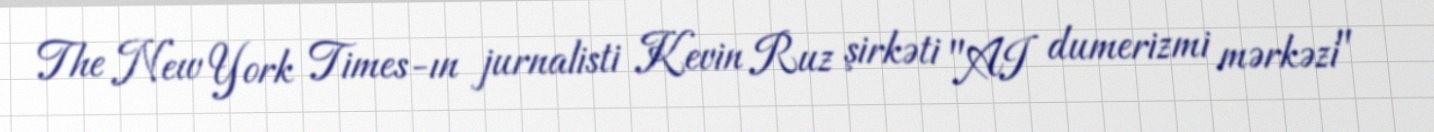
The New York Times-ın jurnalisti Kevin Ruz şirkəti "AI dumerizmi mərkəzi"